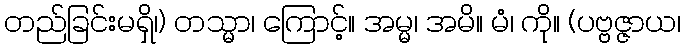
တည်ခြင်းမရှိ၊) တသ္မာ၊ ကြောင့်။ အမ္မ၊ အမိ။ မံ၊ ကို။ (ပဗ္ဗဇ္ဇာယ၊